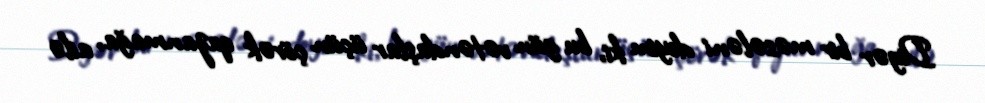
Digər bir məsələni deyim ki, bu gün vətəndaşlar üçün çörək qazanmağa, ailə